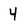
Character: 4